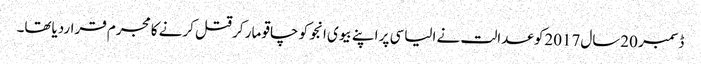
ڈسمبر 20سال2017کو عدالت نے الیاسی پر اپنے بیوی انجو کو چاقو مار کر قتل کرنے کا مجرم قراردیاتھا۔